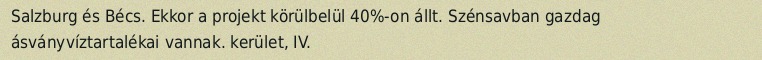
Salzburg és Bécs. Ekkor a projekt körülbelül 40%-on állt. Szénsavban gazdag ásványvíztartalékai vannak. kerület, IV.